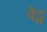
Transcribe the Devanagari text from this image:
चैट्स